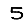
Digit: 5